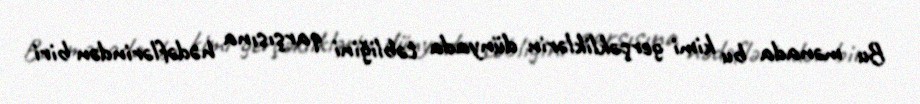
Bu mənada bu kimi gerçəkliklərin dünyada təbliğini qarşısına hədəflərindən biri